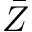
\bar { Z }